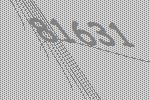
81631